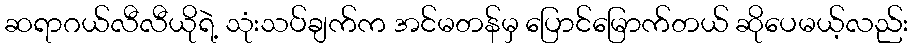
ဆရာဂယ်လီလီယိုရဲ့ သုံးသပ်ချက်က အင်မတန်မှ ပြောင်မြောက်တယ် ဆိုပေမယ့်လည်း